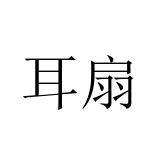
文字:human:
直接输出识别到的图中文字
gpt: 耳扇